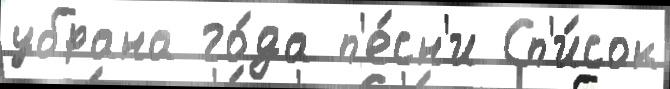
убрана го́да п'е́сн'и Сп'и́сок